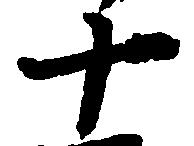
十